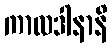
ကာလဒါနာနိ